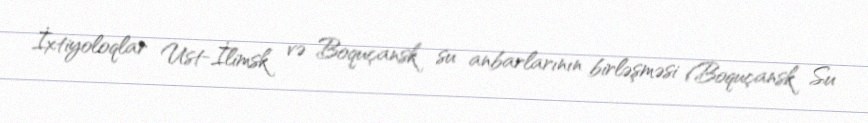
İxtiyoloqlar Ust-İlimsk və Boquçansk su anbarlarının birləşməsi (Boquçansk Su